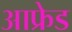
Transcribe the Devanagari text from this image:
आफ्रेड